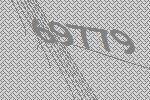
69779